system: You are a helpful assistant.
user:
Analyze the provided spectrum to determine if it is a **M-type Giant (gM)**.

A M-type Giant spectrum is defined by its **strong molecular absorption** features, particularly from **Titanium Oxide (TiO)**. You must check for one of the following mutually exclusive signatures:

- **Key Visual Indicators (Absorption-Dominated Spectrum):**

    - **(Primary):** The spectrum is dominated by strong molecular absorption from **Titanium Oxide (TiO)**. This is the **defining feature** of its M-type temperature class.
        - **(Key Bandheads):** Look for sharp, "saw-tooth" absorption valleys. The strongest are located near **~7050 Å**, **~6160 Å**, and **~5170 Å**.
        - **(Line Profile):** The "saw-tooth" morphology is critical: a **sharp, steep drop on the BLUE (short-wavelength) side** of the bandhead, followed by a gradual recovery (rising flux) towards the RED (long-wavelength) side.

    - **(Key Confirmation - Giant vs. Dwarf):** **ABSENCE** of strong **Calcium Hydride (CaH)** molecular bands. This is the primary diagnostic for *excluding* M-dwarfs.
        - **(Key Region):** The spectrum should lack the strong, broad absorption band seen in dwarfs between **~6800 Å and ~7000 Å**.

    - **(Secondary Confirmation - Giant):** A very strong and broad **Neutral Calcium (Ca I)** atomic absorption line.
        - **(Key Line):** Located at **~4226 Å**. In a giant (gM), this line is significantly deeper and broader than the same line in an M-dwarf (dM) due to low surface gravity.

    - **(Overall Spectrum):**
        - The continuum is **extremely red-sloping** (i.e., flux is very low in the blue and rises dramatically towards the red).
        - The entire spectrum appears "chopped up" by the deep TiO bands.

Think first, call **spectral_visualization_tool** if needed to examine features in detail, then provide your final answer. Your response must adhere to the following strict rules:
1.  **Overall Structure:** Your response must follow the format `<think>...</think> <tool_call>...</tool_call> (if a tool is used) <answer>...</answer>`.
2.  **Tool Usage Constraint:** You may only make **one** tool call per turn.
3.  **Final Answer Format:** In the `<answer>` tag, your conclusion must be inside a `\boxed{}` command (e.g., `\boxed{YES}` or `\boxed{NO}`), followed by your justification.

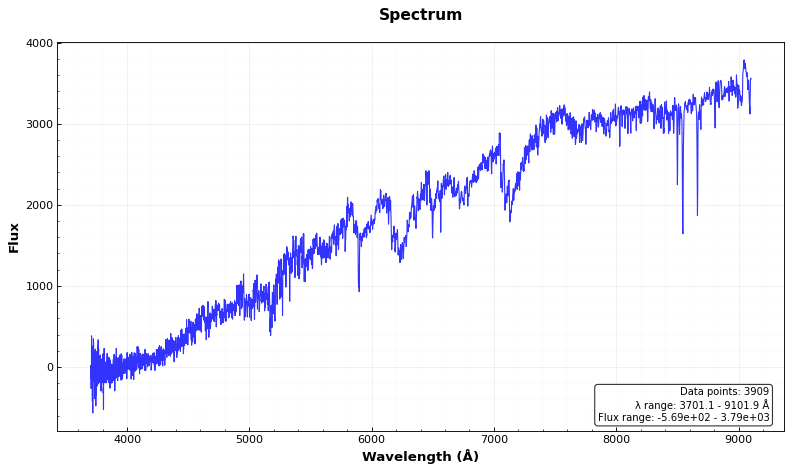
Answer: YES